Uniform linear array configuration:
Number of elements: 16
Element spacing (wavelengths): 0.75
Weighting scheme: exponential
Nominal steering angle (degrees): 0
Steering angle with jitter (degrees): -0.2855
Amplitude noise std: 0.05
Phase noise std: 0.05

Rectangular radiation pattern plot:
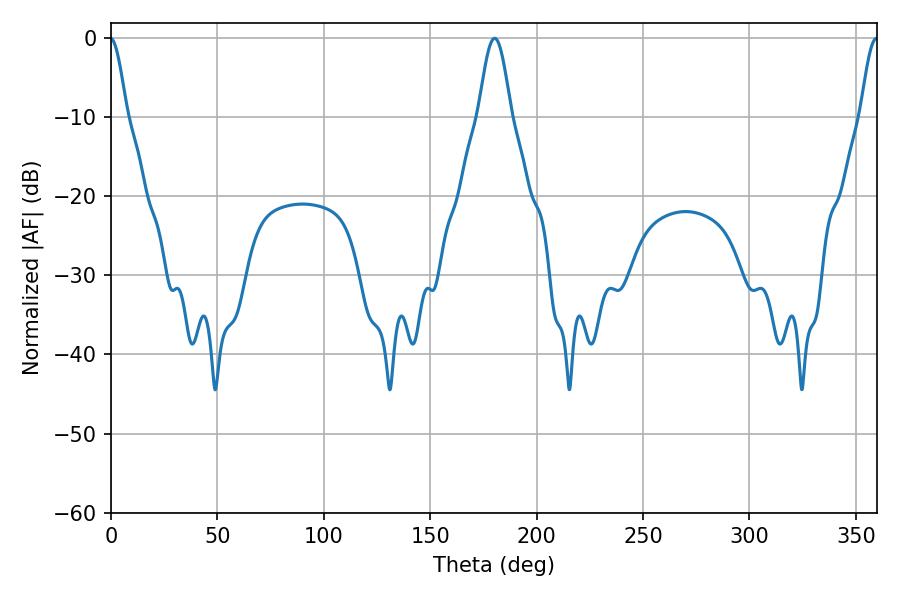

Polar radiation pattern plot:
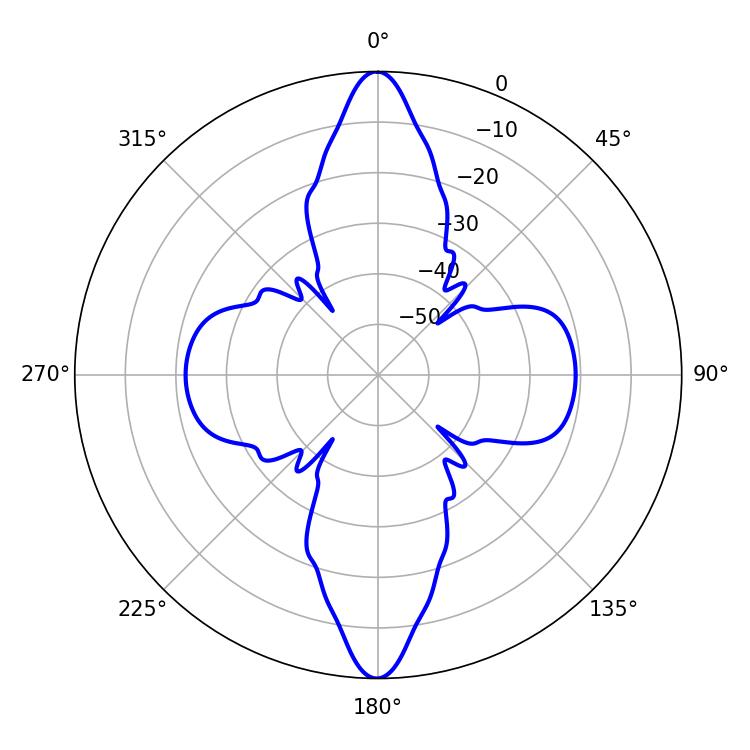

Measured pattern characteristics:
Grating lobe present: TRUE
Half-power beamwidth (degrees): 8.1
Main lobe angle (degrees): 180.36